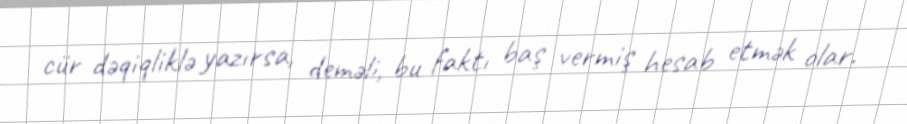
cür dəqiqliklə yazırsa, deməli, bu faktı baş vermiş hesab etmək olar.